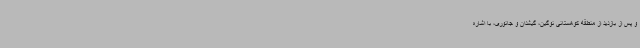
و پس از بازدید از منطقه کوهستانی نوگین، گیشدان و جانوری، با اشاره